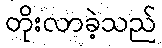
တိုးလာခဲ့သည်